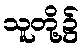
သူတို့၌